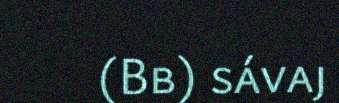
(Bb) sávaj